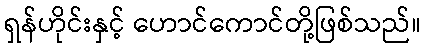
ရှန်ဟိုင်းနှင့် ဟောင်ကောင်တို့ဖြစ်သည်။